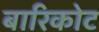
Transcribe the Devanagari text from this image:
बारिकोट